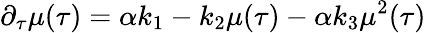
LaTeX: {}\partial_{\tau}\mu(\tau)=\alpha k_{1}-k_{2}\mu(\tau)-\alpha k_{3}\mu^{2}(\tau)